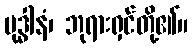
ဗုဒ္ဓါနံ၊ ဘုရားရှင်တို့၏။